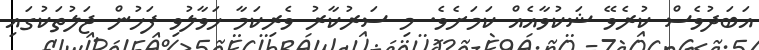
އަބަދުވެސް ކުރެވޭ ޝަކުވާއެއް ކަމަށެވެ. މި ސަރުކާރު ވެރިކަމާ ހަވާލުވި ފަހުން ޖަލުތަކުގައި